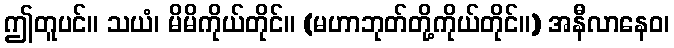
ဤတူပင်။ သယံ၊ မိမိကိုယ်တိုင်။ (မဟာဘုတ်တို့ကိုယ်တိုင်။) အနီလာနေဝ၊